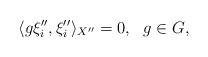
LaTeX: \begin{align*}\langle g\xi''_i, \xi''_i \rangle_{X''} = 0, \ \ g \in G,\end{align*}